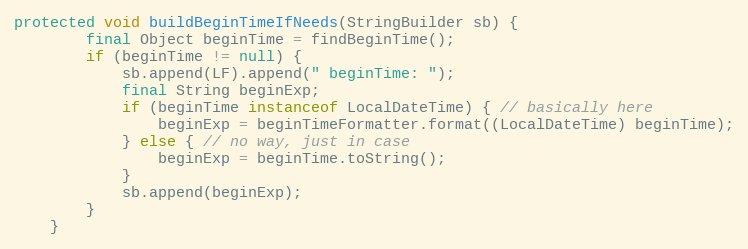
Language: Java
protected void buildBeginTimeIfNeeds(StringBuilder sb) {
        final Object beginTime = findBeginTime();
        if (beginTime != null) {
            sb.append(LF).append(" beginTime: ");
            final String beginExp;
            if (beginTime instanceof LocalDateTime) { // basically here
                beginExp = beginTimeFormatter.format((LocalDateTime) beginTime);
            } else { // no way, just in case
                beginExp = beginTime.toString();
            }
            sb.append(beginExp);
        }
    }